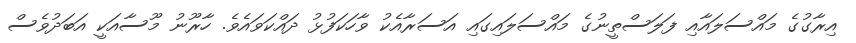
އިރާގުގެ މައްސަލައާއި ފަލަސްތީނުގެ މައްސަލައިގައި އަސަރާއެކު ވާހަކަފުޅު ދައްކަވައެވެ. ހާރޫނު މޫސާއަކީ އަބަދުވެސް